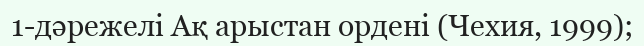
1-дәрежелі Ақ арыстан ордені (Чехия, 1999);